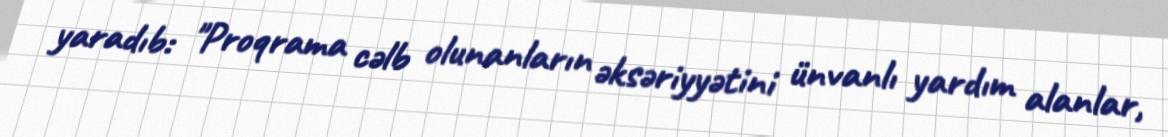
yaradıb: "Proqrama cəlb olunanların əksəriyyətini ünvanlı yardım alanlar,